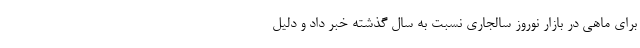
برای ماهی در بازار نوروز سالجاری نسبت به سال گذشته خبر داد و دلیل